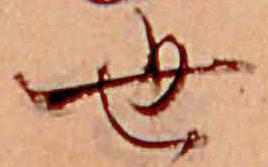
世